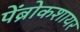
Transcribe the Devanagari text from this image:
पेंब्रोकशायर